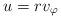
LaTeX: \begin{align*}u=rv_\varphi\end{align*}